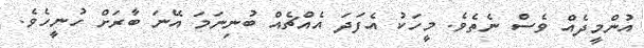
އުންމީދެއް ވެސް ނެތެވެ. މީހަކު އެފަދަ އެއްޗެއް ބުނިނަމަ އޭނަ ބާރަށް ހުނީހެވެ.